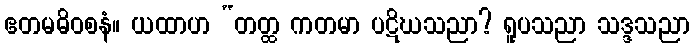
ဧတမဓိဝစနံ။ ယထာဟ “တတ္ထ ကတမာ ပဋိဃသညာ? ရူပသညာ သဒ္ဒသညာ